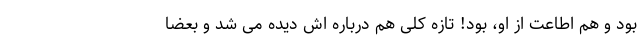
بود و هم اطاعت از او، بود! تازه کلی هم درباره اش دیده می شد و بعضاً